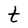
Character: t